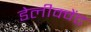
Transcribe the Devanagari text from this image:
डेलीक्वेंट